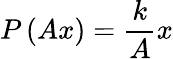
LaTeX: P\left(Ax\right)=\frac{k}{A}x